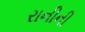
રાનીની